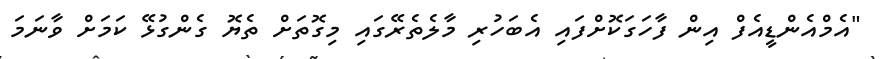
"އެމްއެންޑީއެފް އިން ފާހަގަކޮށްފައި އެބަހުރި މާލެތެރޭގައި މިގޮތަށް ތެޔޮ ގެންގުޅޭ ކަމަށް ވާނަމަ